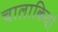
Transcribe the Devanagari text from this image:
चालाकियो